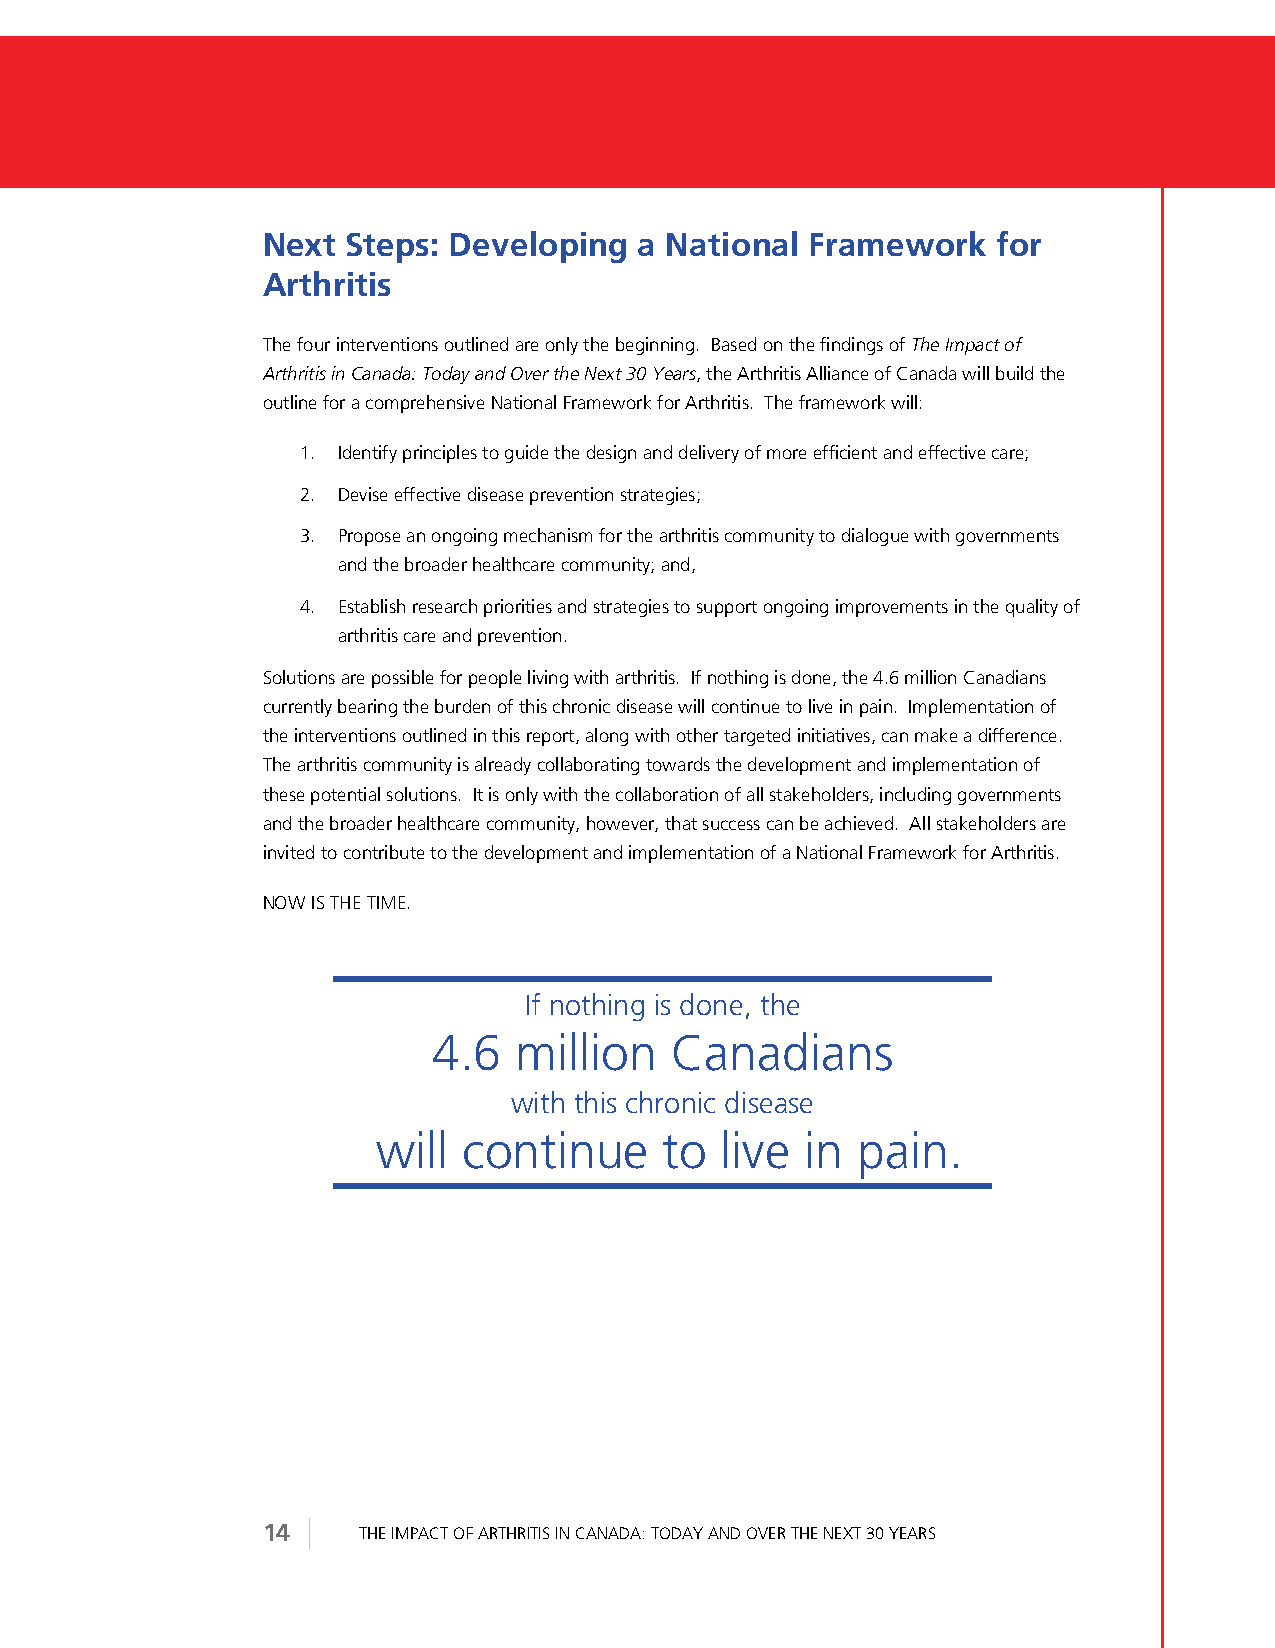
Next  Steps: Developing  a National  Framework   for
 Arthritis
 The four interventions outlined are only the beginning. Based on the findings of The Impact of
 Arthritis in Canada: Today and Over the Next 30 Years, the Arthritis Alliance of Canada will build the
 outline for a comprehensive National Framework for Arthritis. The framework will:
 1. Identify principles to guide the design and delivery of more efficient and effective care;
 2. Devise effective disease prevention strategies;
 3. Propose an ongoing mechanism for the arthritis community to dialogue with governments
 and the broader healthcare community; and,
 4. Establish research priorities and strategies to support ongoing improvements in the quality of
 arthritis care and prevention.
 Solutions are possible for people living with arthritis. If nothing is done, the 4.6 million Canadians
 currently bearing the burden of this chronic disease will continue to live in pain. Implementation of
 the interventions outlined in this report, along with other targeted initiatives, can make a difference.
 The arthritis community is already collaborating towards the development and implementation of
 these potential solutions. It is only with the collaboration of all stakeholders, including governments
 and the broader healthcare community, however, that success can be achieved. All stakeholders are
 invited to contribute to the development and implementation of a National Framework for Arthritis.
 NOW IS THE TIME.
 If nothing is done, the
 4.6  million   Canadians
 with this chronic disease
 will  continue     to  live in  pain.
 14     THE IMPACT OF ARTHRITIS IN CANADA: TODAY AND OVER THE NEXT 30 YEARS